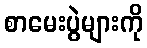
စာမေးပွဲများကို